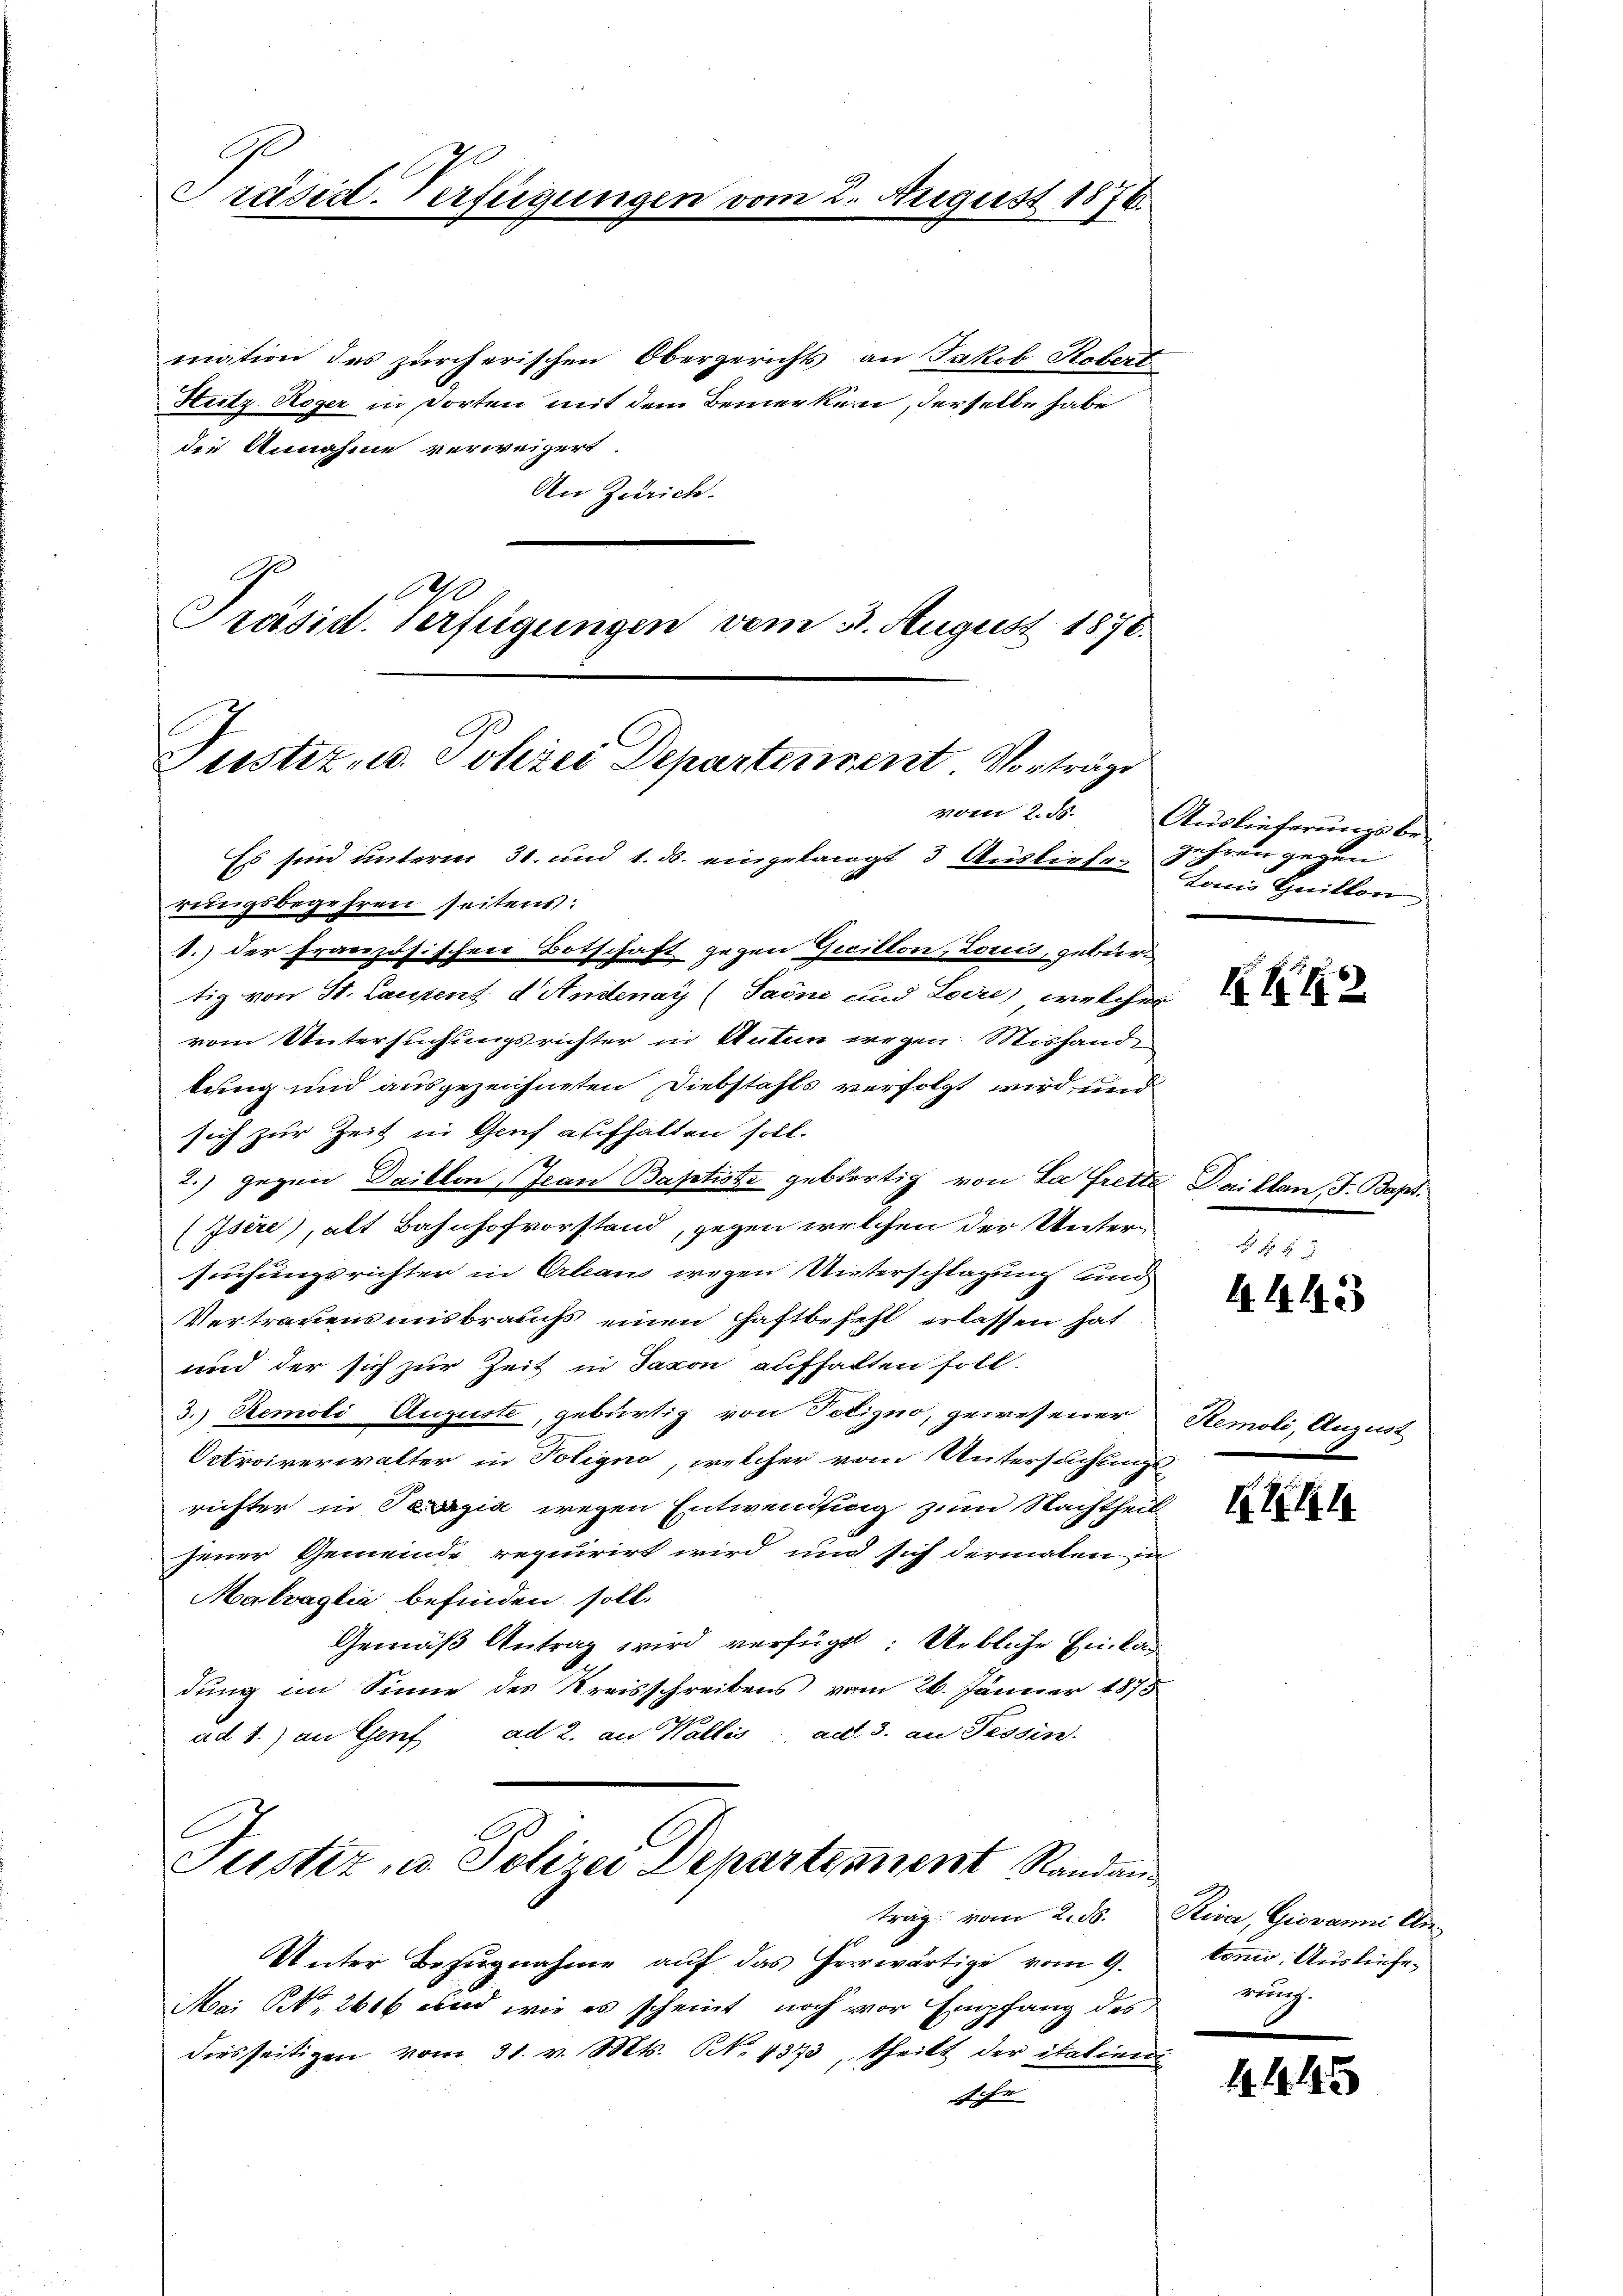
Präsid. Verfügunge

mation des zürcherischen Obergerichts an Jakob Robert
Stutz Roger in dorten mit dem Bemerken, derselbe habe
die Annahme verweigert.
An Zürich.
e
Präsid. Verfügungen vom 3. August 1876.

C
Justiz u. Schrei Departement. Vorträge
vom 2. ds.

Es sinn unterm 31. und 1. ds. eingelangt 3 Ausliefe. Jahren gegen

August 1876.

rungsbegehren seitens:
d.) der französischen Botschaft gegen Gicillon, Loriis, gebur
tig von St. Laupent d. Andenay (Saone und Loire, welcher
vom Untersuchungsrichter in Antein wegen Mishandlung und ausgezeichneten Diebstahls verfolgt wird, und
sich zur Zeit in Genf aufhalten soll.
2.) gegen Daillen, Jean Baptiste gebürtig von La rette Drit
(Isére), alt Bahnhofvorstand, gegen welchen der Untersuchungsrichter in Arbeaus wegen Unterschlagung und
Vertrauensmisbrauchs einen Haftbefehl erlassen hat.
und der sich zur Zeit in Jacon aufhalten soll.
3. Remoli Auguste, gebürtig von Potizno, gewesener Reme
Ortroirerwalter in Poligno, welcher vom Untersuchungs-
richter in Terzia wegen Entwendig zum Nachtheil
jener Gemeinde requirirt wird und sich dermalen in
Malvaglia befinden soll.
Gemäß Antrag wird verfügt: Uebliche Einlad
dung im Sinne des Kreisschreibens vom 26. Jänner 1875
ad 1.) an Genf ad 2. an Wallis, ad 3. an Tessin.
Justiz u. Polizei Departement Randau
trag vom 2. ds. Riva, Giovanni Un
Unter Bezŭgnahme aŭf das herrwärtige vom 9.
Mai d. 2616 und wie es scheint, noch vor Empfang des
diesseitigen vom 31. v. Mts. N. 4373, theilt der italieni
sche

Auslieferung be¬
Lonio Quitton

KB H

4443

Ah

v. J. Bapt.

Regens

ton. Ausliefe.
nung.

4. 145